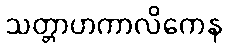
သတ္တာဟကာလိကေန